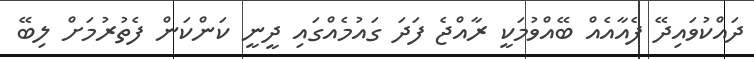
ދައްކުވައިދޭ ފެއާއެއް ބޭއްވުމަކީ ރާއްޖެ ފަދަ ގައުމެއްގައި ދީނީ ކަންކަން ފެތުރުމަށް ލިބޭ